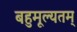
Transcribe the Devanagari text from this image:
बहुमूल्यतम्